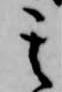
其